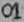
Text: 01